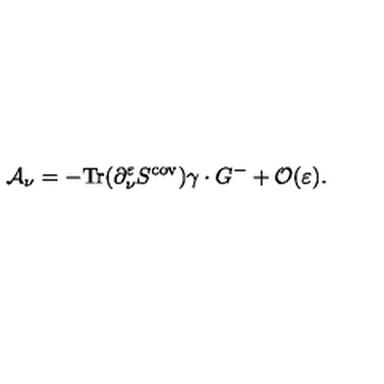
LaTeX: { \cal A } _ { \nu } = - \mathrm { T r } ( \partial _ { \nu } ^ { \varepsilon } S ^ { \mathrm { c o v } } ) \gamma \cdot G ^ { - } + { \cal O } ( \varepsilon ) .